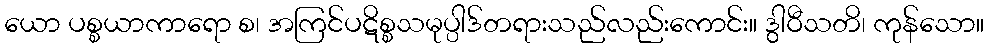
ယော ပစ္စယာကာရော စ၊ အကြင်ပဋိစ္စသမုပ္ပါဒ်တရားသည်လည်းကောင်း။ ဒွါဝီသတိ၊ ကုန်သော။